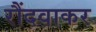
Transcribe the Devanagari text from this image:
रौंदवाकर